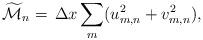
LaTeX: \begin{align*}\widetilde{\mathcal{M}}_n=\,\Delta x\sum_m (u_{m,n}^2+v_{m,n}^2),\\\end{align*}